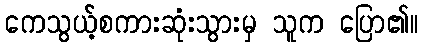
ကေသွယ့်စကားဆုံးသွားမှ သူက ပြော၏။